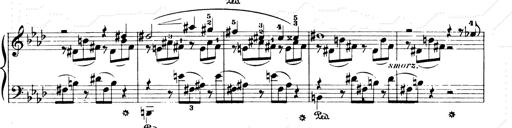
Title: Consolations and LiebestrÃ¤ume for the Piano
Composer: Franz Liszt